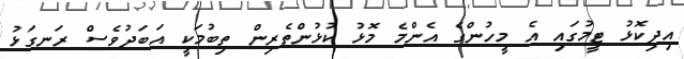
އިދިކޮޅު ޓީމުގައި އެ މީހުންގެ އެންމެ މޮޅު ކުޅުންތެރިން ތިބުމަކީ އަބަދުވެސް ރަނގަޅު